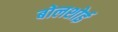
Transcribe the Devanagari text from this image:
बोलशोई